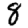
Digit: 8